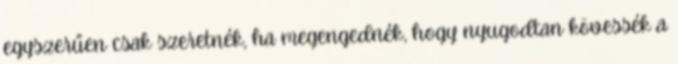
egyszerűen csak szeretnék, ha megengednék, hogy nyugodtan kövessék a